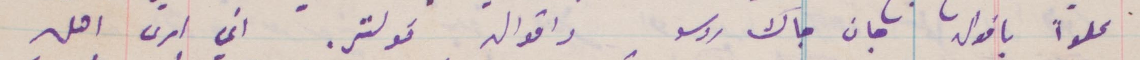
متلوًا باقوال جان جاك روسو واقوال فولتير. اني أرى أهل